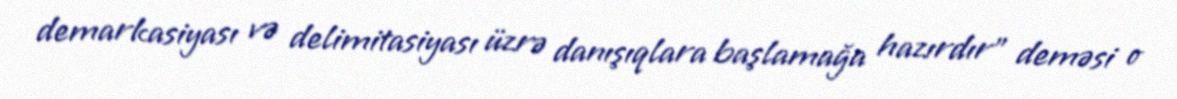
demarkasiyası və delimitasiyası üzrə danışıqlara başlamağa hazırdır" deməsi o